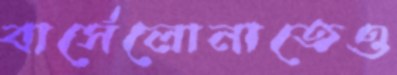
বার্সেলোনাতেও